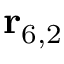
\mathbf { r } _ { 6 , 2 }